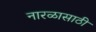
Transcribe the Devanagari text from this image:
नारळासाठी